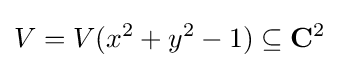
V=V(x^{2}+y^{2}-1)\subseteq \mathbf {C} ^{2}